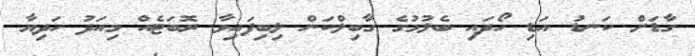
ގާޑަށް ކަނޑު އަޑި ހޯދައި ބެލުމުގެ ގާބިލްކަން ލިބިފައިވާ ރޮބަޓެއް މިއަދު ހަދިޔާ